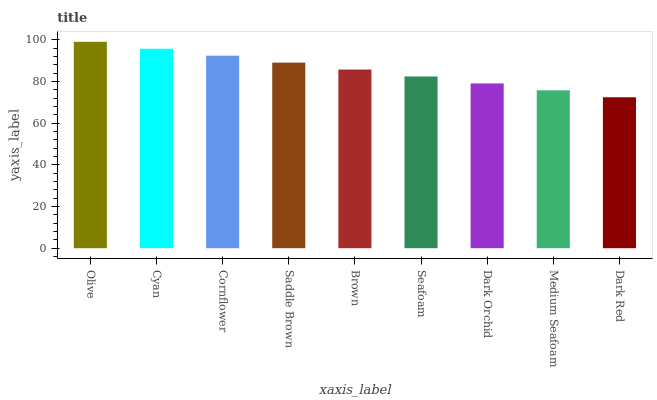
| xaxis_label | bars |
 | --- | --- |
 | Olive | 99 |
 | Cyan | 95.7 |
 | Cornflower | 92.3 |
 | Saddle Brown | 89 |
 | Brown | 85.7 |
 | Seafoam | 82.4 |
 | Dark Orchid | 79 |
 | Medium Seafoam | 75.7 |
 | Dark Red | 72.4 |